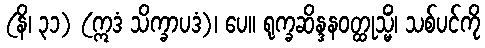
(နိ၊ ၃၁) (ဣဒံ သိက္ခာပဒံ)၊ ပေ။ ရုက္ခဆိန္ဒနဝတ္ထုသ္မိံ၊ သစ်ပင်ကို